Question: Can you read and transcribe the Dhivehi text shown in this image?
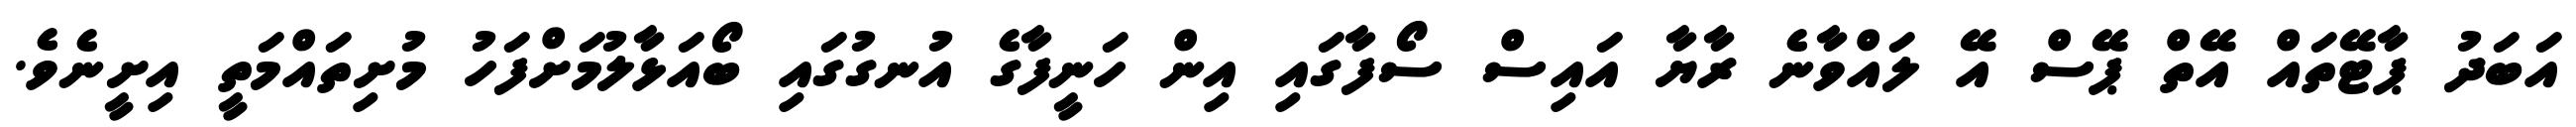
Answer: އަބަދު ޕާޓޭތައް އޭތް ޕޭސް އޭ ލައްވާނެ ރާޔާ އައިސް ސޯފާގައި އިން ހަނީފާގެ އުނގުގައި ބޯއަޅާލުމަށްފަހު މުށިތައްމަތީ އިށީނެވެ.